Indian journal of veterinary science and animal husbandry - Volumes 18-21, 1948-1951
Year: 1948
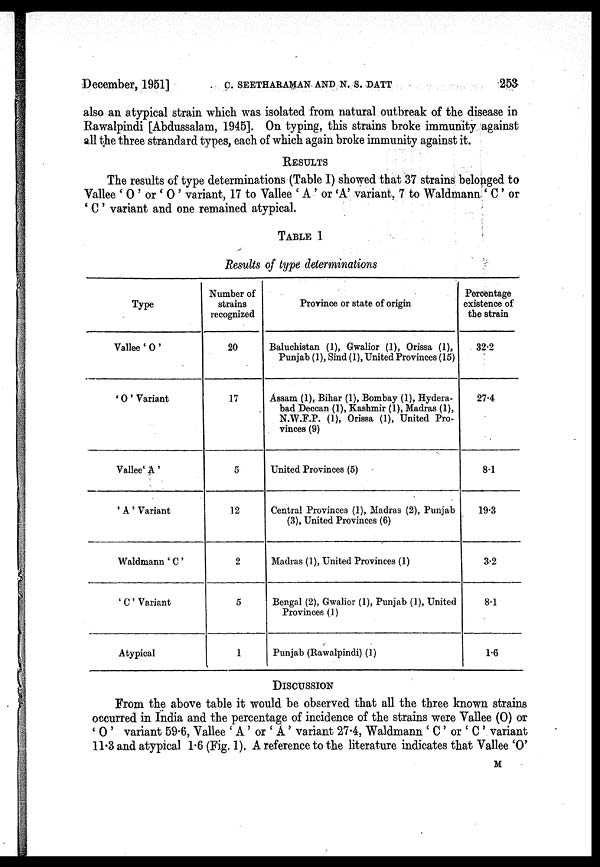
December, 1951] C. SEETHARAMAN AND N. S. DATT 253
also an atypical strain which was isolated from natural outbreak of the disease in
Rawalpindi [Abdussalam, 1945]. On typing, this strains broke immunity against
all the three strandard types, each of which again broke immunity against it.
RESULTS
The results of type determinations (Table I) showed that 37 strains belonged to
Vallee 'O' or 'O' variant, 17 to Vallee 'A' or 'A' variant, 7 to Waldmann 'C' or
'C' variant and one remained atypical.
TABLE 1
Results of type determinations
Type
Vallee 'O'
'O' Variant
Vallee 'A'
'A' Variant
Waldmann 'C'
'C' Variant
Atypical
Number of
strains
recognized
20
17
5
12
2
5
1
Province or state of origin
Baluchistan (1), Gwalior (1), Orissa (1),
Punjab (1), Sind (1), United Provinces (15)
Assam (1), Bihar (1), Bombay (1), Hydera-
bad Deccan (1), Kashmir (1), Madras (1),
N.W.F.P. (1), Oriesa (1), United Pro-
vinces (9)
United Provinces (5)
Central Provinces (1), Madras (2), Punjab
(3), United Provinces (6)
Madras (1), United Provinces (1)
Bengal (2), Gwalior (1), Punjab (1), United
Provinces (1)
Punjab (Rawalpindi) (1)
Percentage
existence of
the strain
32.2
27.4
8.1
19.3
3.2
8.1
1.6
DISCUSSION
From the above table it would be observed that all the three known strains
occurred in India and the percentage of incidence of the strains were Vallee (0) or
'O' variant 59.6, Vallee 'A' or 'A' variant 27.4, Waldmann 'C' or 'C' variant
11.3 and atypical 1.6 (Fig. 1). A reference to the literature indicates that Vallee 'O'
M